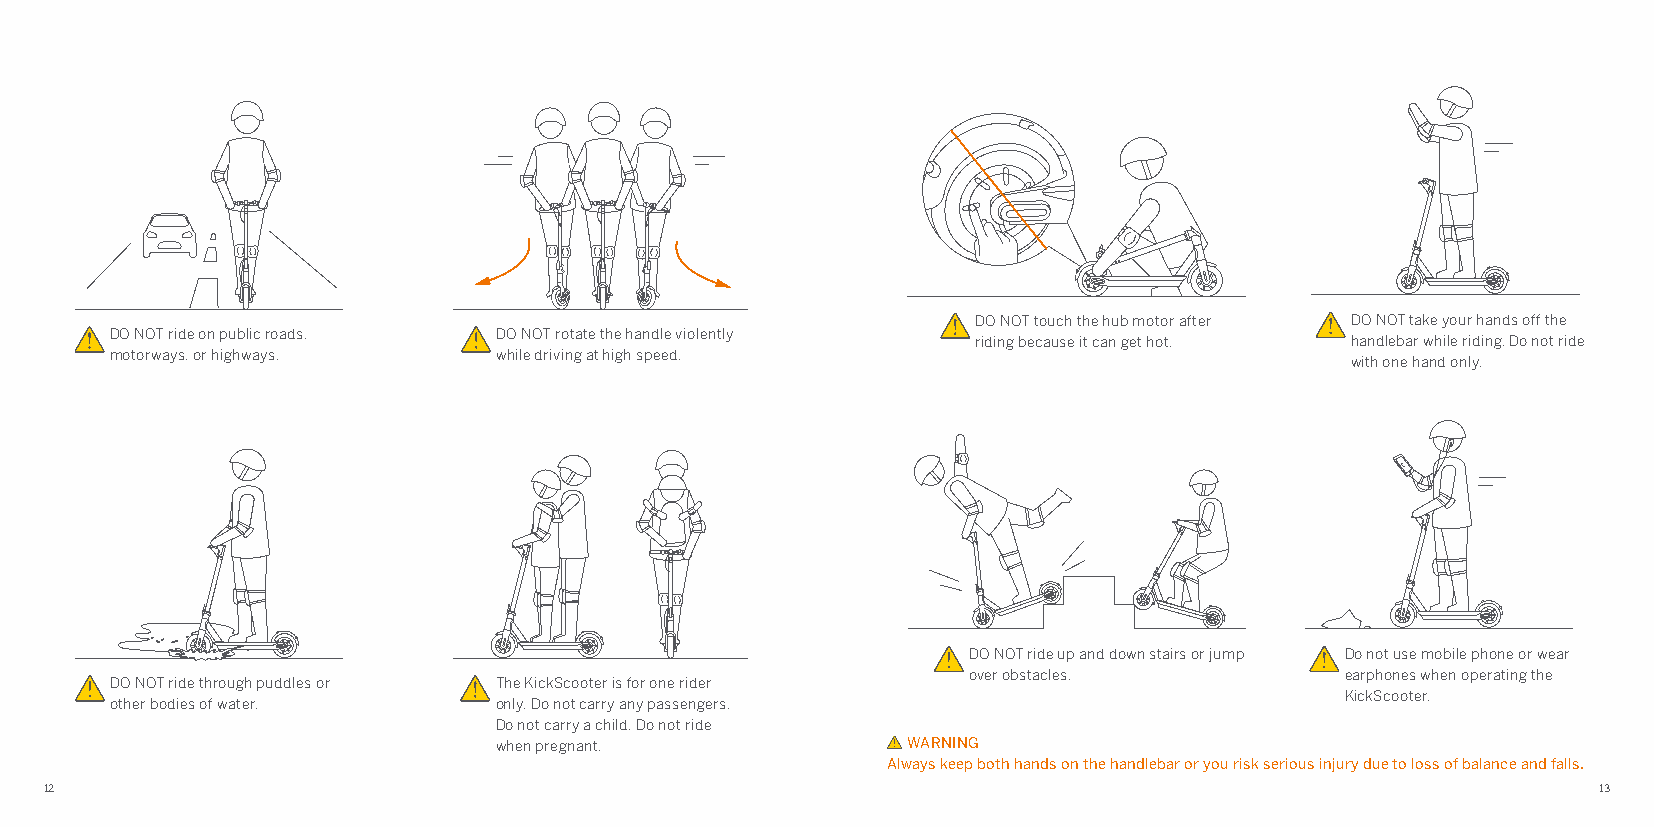
DO NOT touch the hub motor after DO NOT take your hands off the
 DO NOT ride on public roads, DO NOT rotate the handle violently riding because it can get hot. handlebar while riding. Do not ride
 motorways, or highways.   while driving at high speed.                            with one hand only.
 DO NOT ride up and down stairs or jump Do not use mobile phone or wear
 over obstacles.          earphones when operating the
 DO NOT ride through puddles or The KickScooter is for one rider
 KickScooter.
 other bodies of water.    only. Do not carry any passengers.
 Do not carry a child. Do not ride
 when pregnant.             WARNING
 Always keep both hands on the handlebar or you risk serious injury due to loss of balance and falls.
 12                                                                                                     13